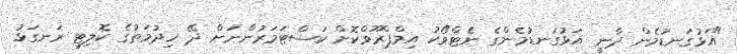
"އަޅުގަނޑުމެން ދާނީ އަޅުގަނޑުމެންގެ ނެޓްވޯކު އިމްޕްރޫވްކޮށް ކަސްޓަމަރުންނަށް ދޭ ޚިދުމަތުގެ ކޮލިޓީ ރަނގަޅު